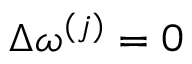
\Delta \omega ^ { ( j ) } = 0